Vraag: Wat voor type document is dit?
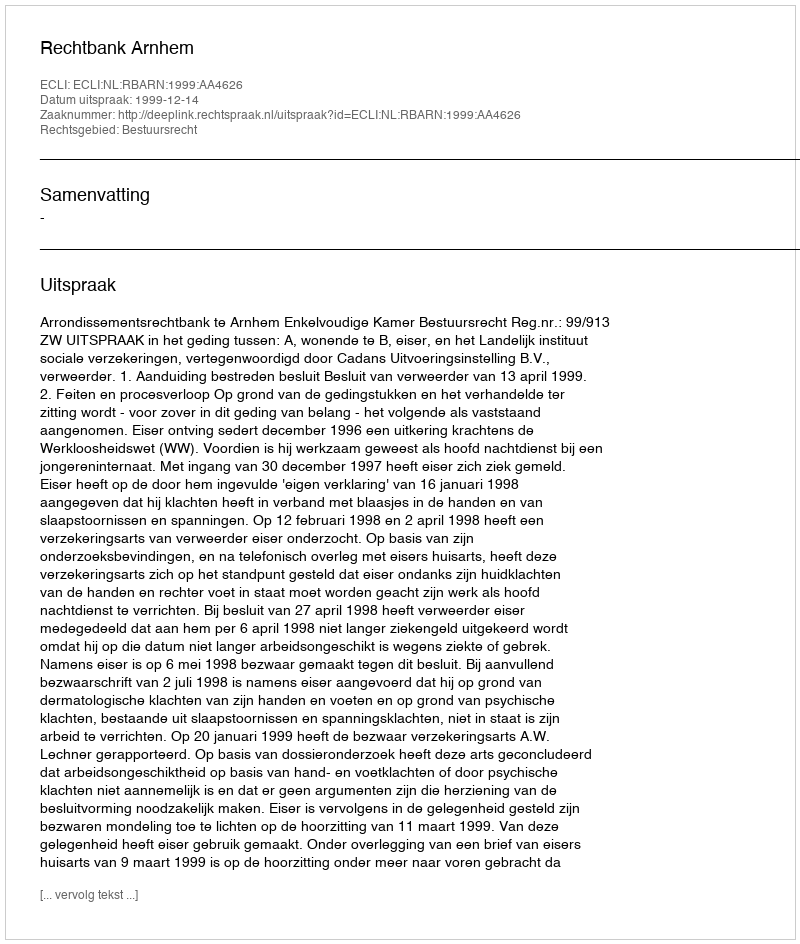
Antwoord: Uitspraak